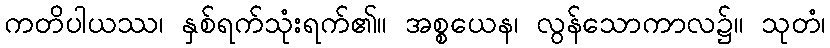
ကတိပါယဿ၊ နှစ်ရက်သုံးရက်၏။ အစ္စယေန၊ လွန်သောကာလ၌။ သုတံ၊